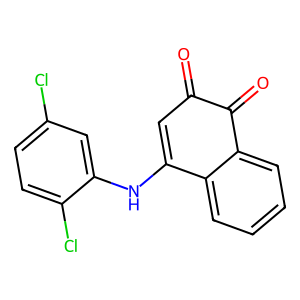
SMILES: O=C1C=C(Nc2cc(Cl)ccc2Cl)c2ccccc2C1=O
Inhibits HIV replication: No